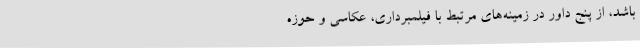
باشد، از پنج داور در زمینه‌های مرتبط با فیلمبرداری، عکاسی و حوزه